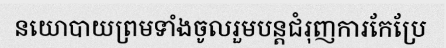
នយោបាយព្រមទាំងចូលរួមបន្តជំរុញការកែប្រែ